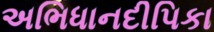
અભિધાનદીપિકા